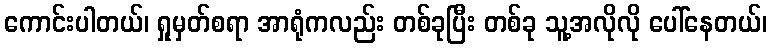
ကောင်းပါတယ်၊ ရှုမှတ်စရာ အာရုံကလည်း တစ်ခုပြီး တစ်ခု သူ့အလိုလို ပေါ်နေတယ်၊